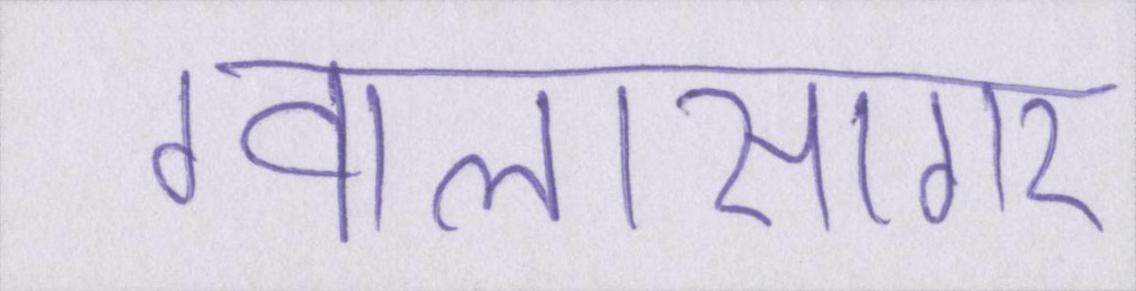
ग्वालासागर